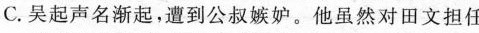
C.吴起声名渐起，遭到公叔嫉妒。他虽然对田文担任